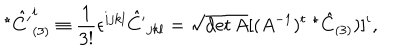
^ \star \hat { C ^ { \prime } } _ { ( 3 ) } ^ { i } \equiv \frac { 1 } { 3 ! } \epsilon ^ { i j k l } \hat { C ^ { \prime } } _ { j k l } = \sqrt { \det A } [ ( A ^ { - 1 } ) ^ { t } \; ^ { \star } \hat { C } _ { ( 3 ) } ) ] ^ { i } ,